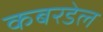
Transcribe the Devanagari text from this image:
कबरडेल